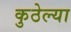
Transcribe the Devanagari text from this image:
कुठेल्या